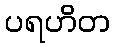
ပရဟိတ